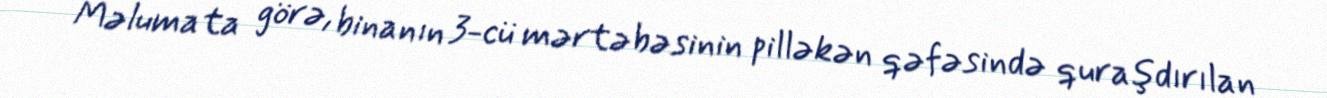
Məlumata görə, binanın 3-cü mərtəbəsinin pilləkən qəfəsində quraşdırılan